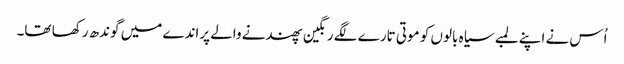
اُس نے اپنے لمبے سیاہ بالوں کو موتی تارے لگے رنگین پھندنے والے پراندے میں گوندھ رکھا تھا۔